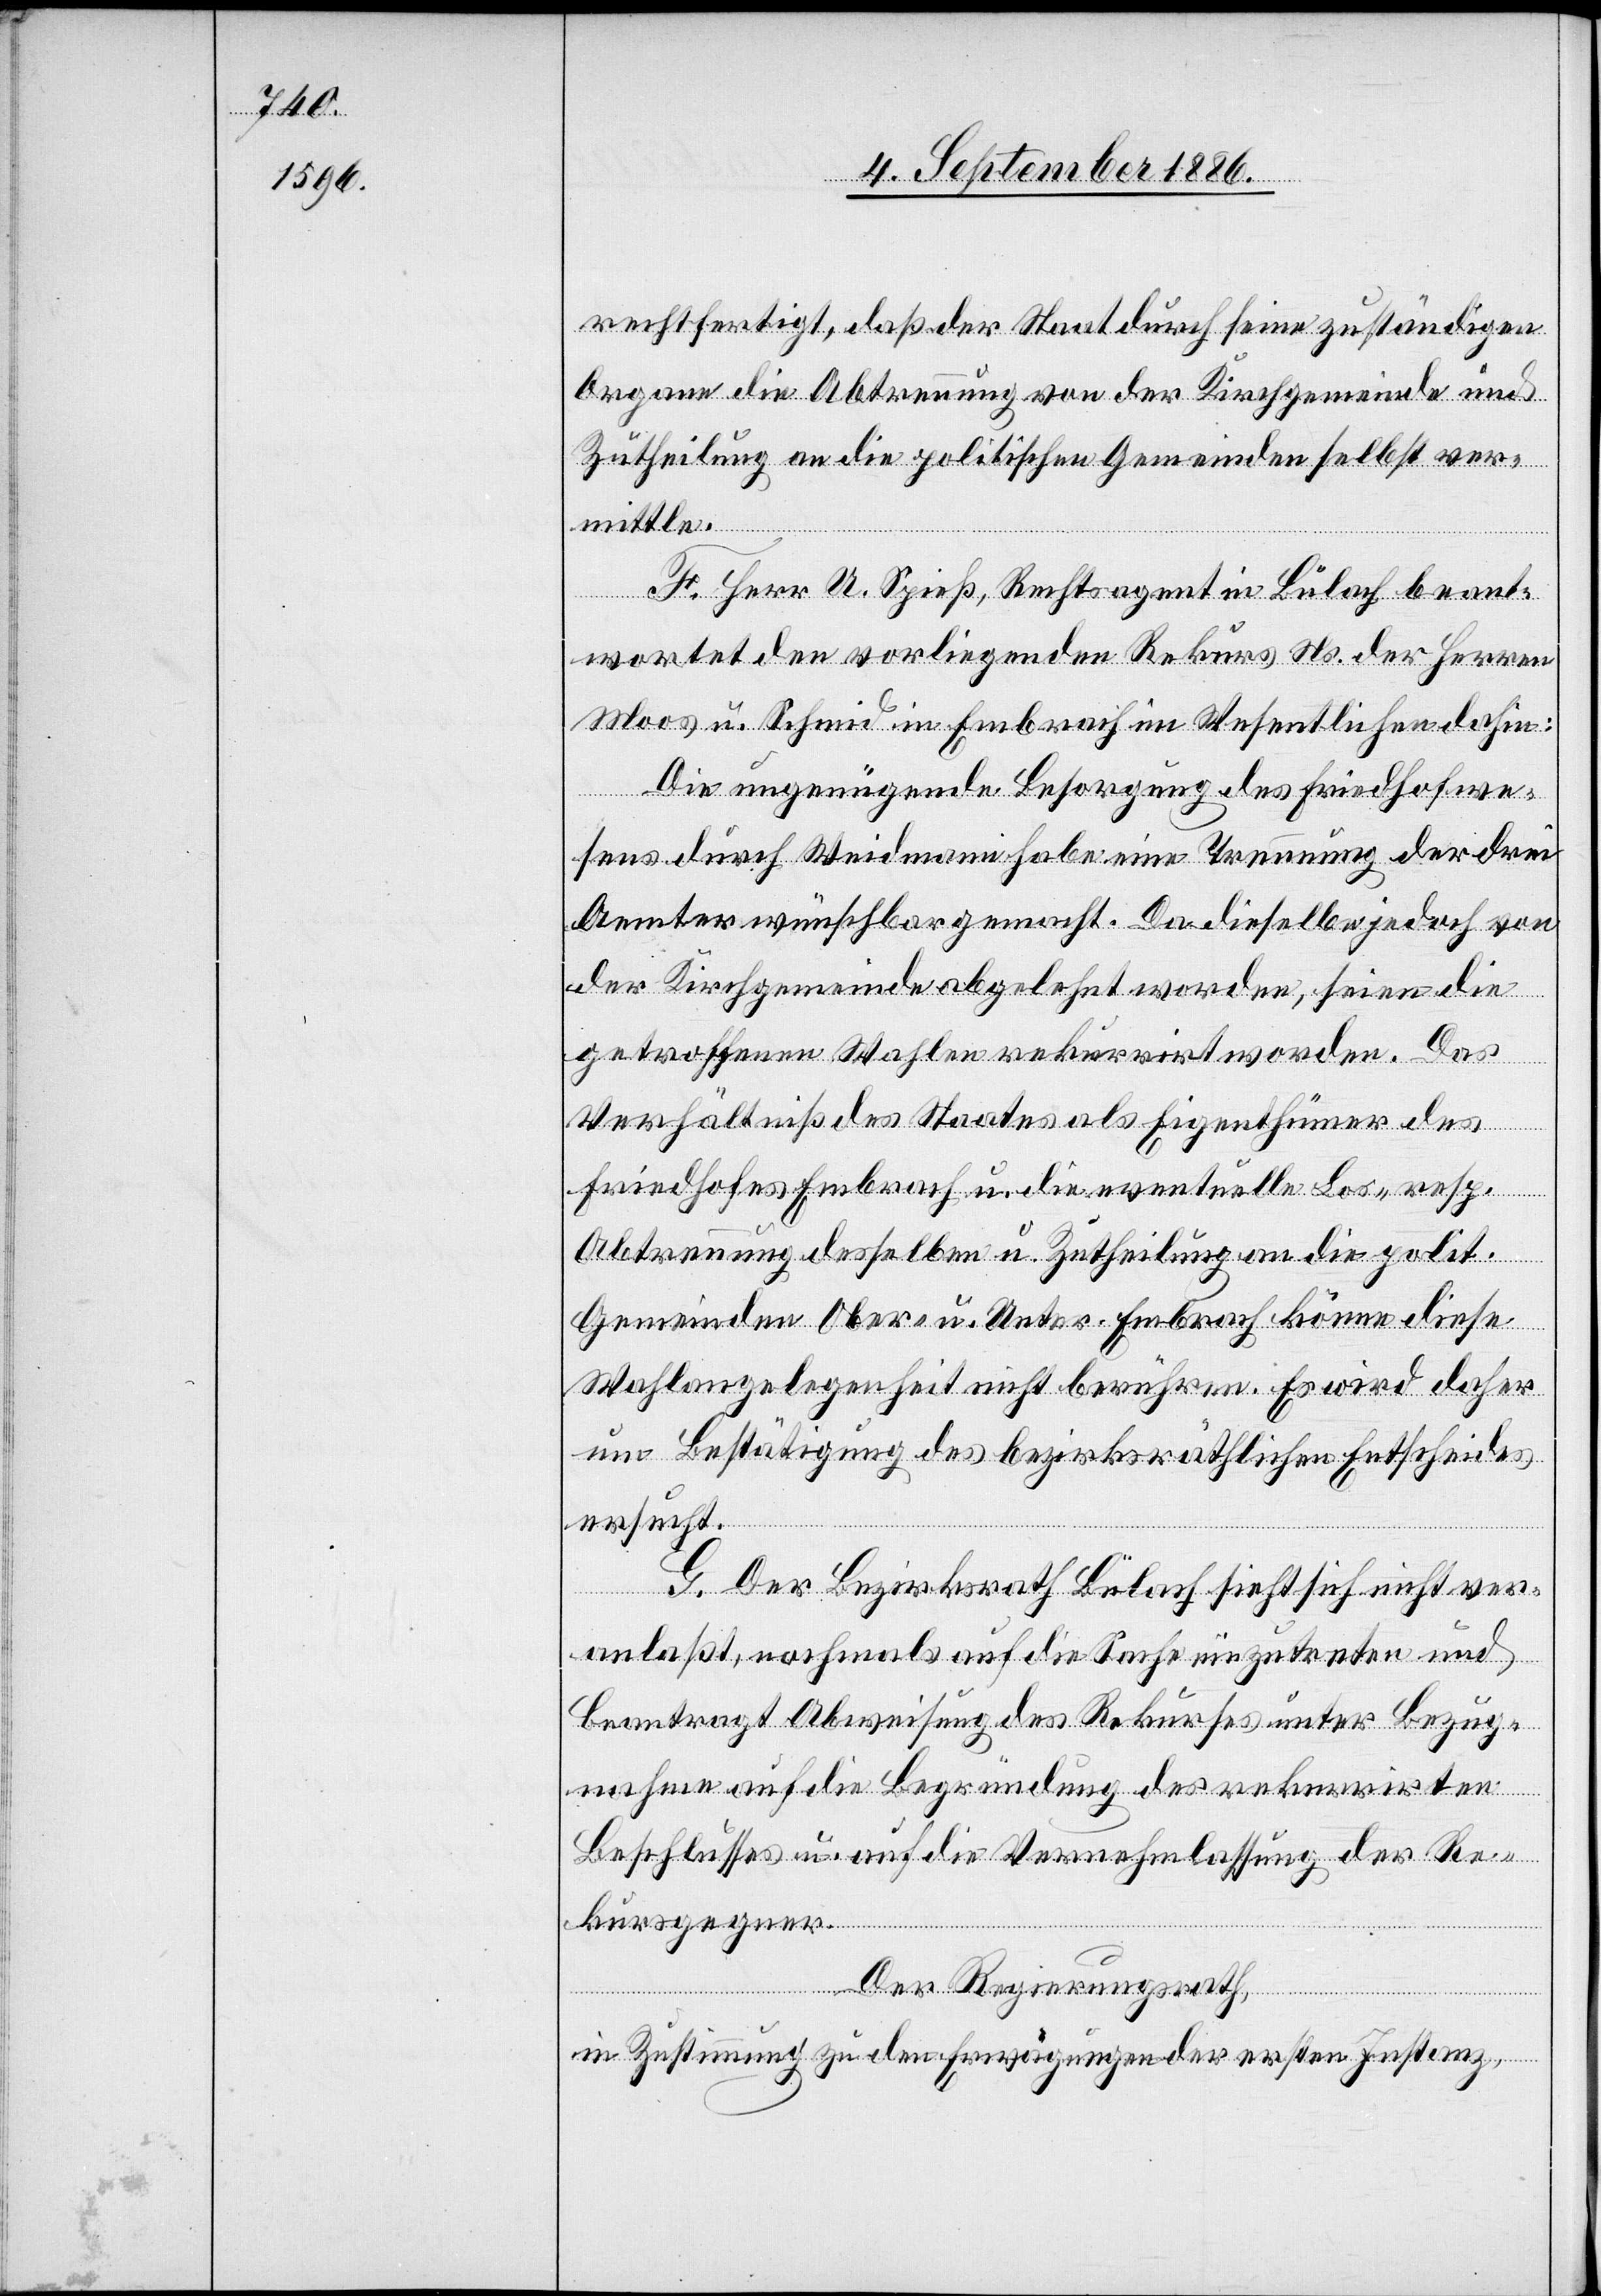
rechtfertigt, daß der Staat durch seine zuständigen
Organe die Abtrennung von der Kirchgemeinde und
Zutheilung an die politischen Gemeinden selbst ver¬
mittle.
wird
F. Herr U. Spieß, Rechtsagent in Bülach beant¬
wortet den vorliegenden Rekurs Ns. der Herren
Moos u. Schmid in Embrach im Wesentlichen dahin:
Die ungenügende Besorgung des Friedhofwe¬
sens durch Weidmann habe eine Trennung der drei
Aemter wünschbar gemacht. Da dieselbe jedoch von
der Kirchgemeinde abgelehnt worden, seien die
getroffenen Wahlen rekurrirt worden. Das
Verhältniß des Staates als Eigenthümer des
Friedhofes Embrach u. die eventuelle Los- resp.
Abtrennung desselben u. Zutheilung an die polit.
Gemeinden Ober- u. Unterembrach könne diese
um Bestätigung des bezirksräthlichen Entscheides
ersucht.
G. Der Bezirksrath Bülach sieht sich nicht ver¬
anlaßt, nochmals auf die Sache einzutreten und
beantragt Abweisung des Rekurses unter Bezug¬
nahme auf die Begründung des rekurrirten
Beschlusses u. auf die Vernehmlassung der Re¬
kursgegner.
Der Regierungsrath,
in Zustimmung zu den Erwägungen der ersten Instanz,